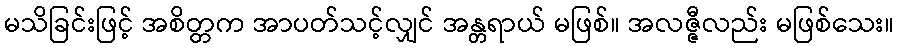
မသိခြင်းဖြင့် အစိတ္တက အာပတ်သင့်လျှင် အန္တရာယ် မဖြစ်။ အလဇ္ဇီလည်း မဖြစ်သေး။